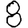
Digit: 8